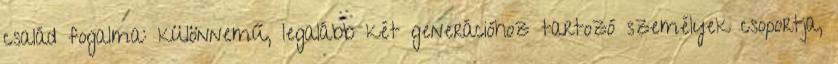
család fogalma: különnemű, legalább két generációhoz tartozó személyek csoportja,